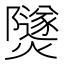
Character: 𤑾